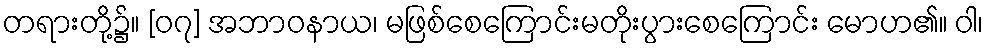
တရားတို့၌။ [၀၇] အဘာဝနာယ၊ မဖြစ်စေကြောင်းမတိုးပွားစေကြောင်း မောဟ၏။ ဝါ၊